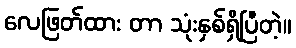
လေဖြတ်ထား တာ သုံးနှစ်ရှိပြီတဲ့။